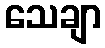
သေချာ